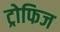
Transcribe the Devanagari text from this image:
ट्रोफिज